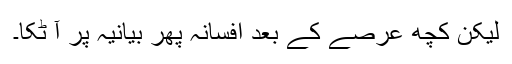
لیکن کچھ عرصے کے بعد افسانہ پھر بیانیہ پر آ ٹکا۔